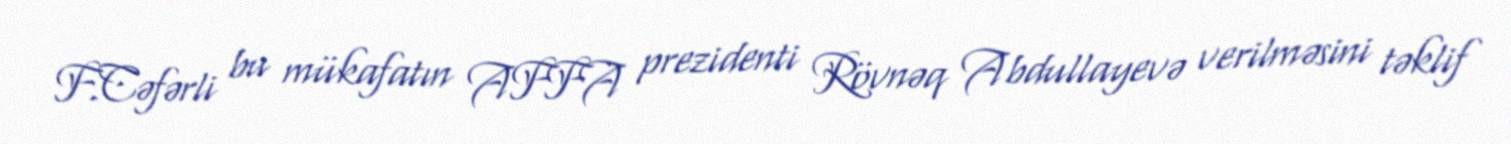
F.Cəfərli bu mükafatın AFFA prezidenti Rövnəq Abdullayevə verilməsini təklif